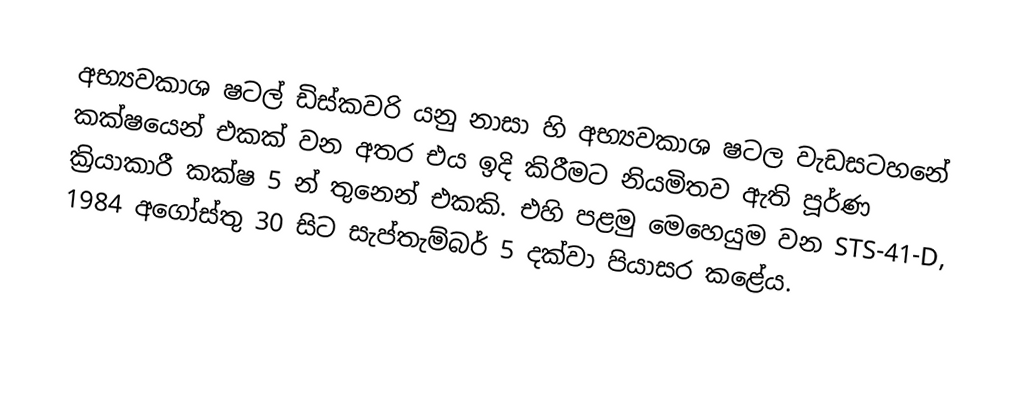
අභ්‍යවකාශ ෂටල් ඩිස්කවරි යනු නාසා හි අභ්‍යවකාශ ෂටල වැඩසටහනේ කක්ෂයෙන් එකක් වන අතර එය ඉදි කිරීමට නියමිතව ඇති පූර්ණ ක්‍රියාකාරී කක්ෂ 5 න් තුනෙන් එකකි. එහි පළමු මෙහෙයුම වන STS-41-D, 1984 අගෝස්තු 30 සිට සැප්තැම්බර් 5 දක්වා පියාසර කළේය.